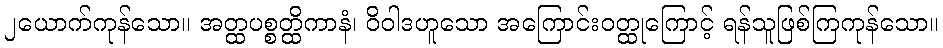
၂ယောက်ကုန်သော။ အတ္ထပစ္စတ္ထိကာနံ၊ ဝိဝါဒဟူသော အကြောင်းဝတ္ထုကြောင့် ရန်သူဖြစ်ကြကုန်သော။